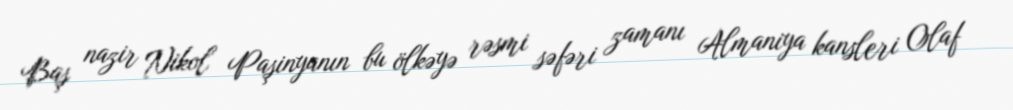
Baş nazir Nikol Paşinyanın bu ölkəyə rəsmi səfəri zamanı Almaniya kansleri Olaf